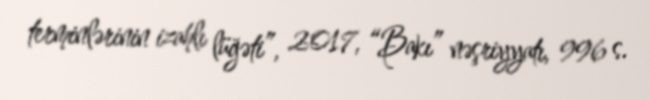
terminlərinin izahlı lüğəti”, 2017, “Bakı” nəşriyyatı, 996 s.